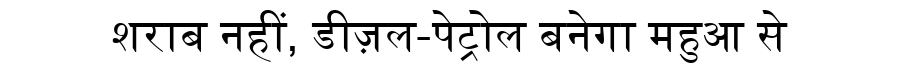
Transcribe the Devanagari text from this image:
शराब नहीं, डीज़ल-पेट्रोल बनेगा महुआ से